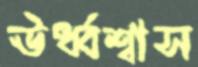
ঊর্ধ্বশ্বাস